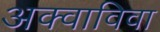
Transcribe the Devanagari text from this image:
अक्वाविवा